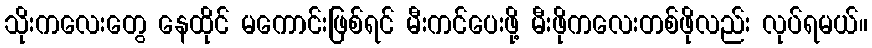
သိုးကလေးတွေ နေထိုင် မကောင်းဖြစ်ရင် မီးကင်ပေးဖို့ မီးဖိုကလေးတစ်ဖိုလည်း လုပ်ရမယ်။